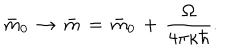
\bar { m } _ { 0 } \, \rightarrow \, \bar { m } \, = \, \bar { m } _ { 0 } \, + \, { \frac { \Omega } { 4 \pi \kappa \hbar } } .